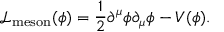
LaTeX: { \mathcal { L } } _ { \mathrm { m e s o n } } ( \phi ) = { \frac { 1 } { 2 } } \partial ^ { \mu } \phi \partial _ { \mu } \phi - V ( \phi ) .